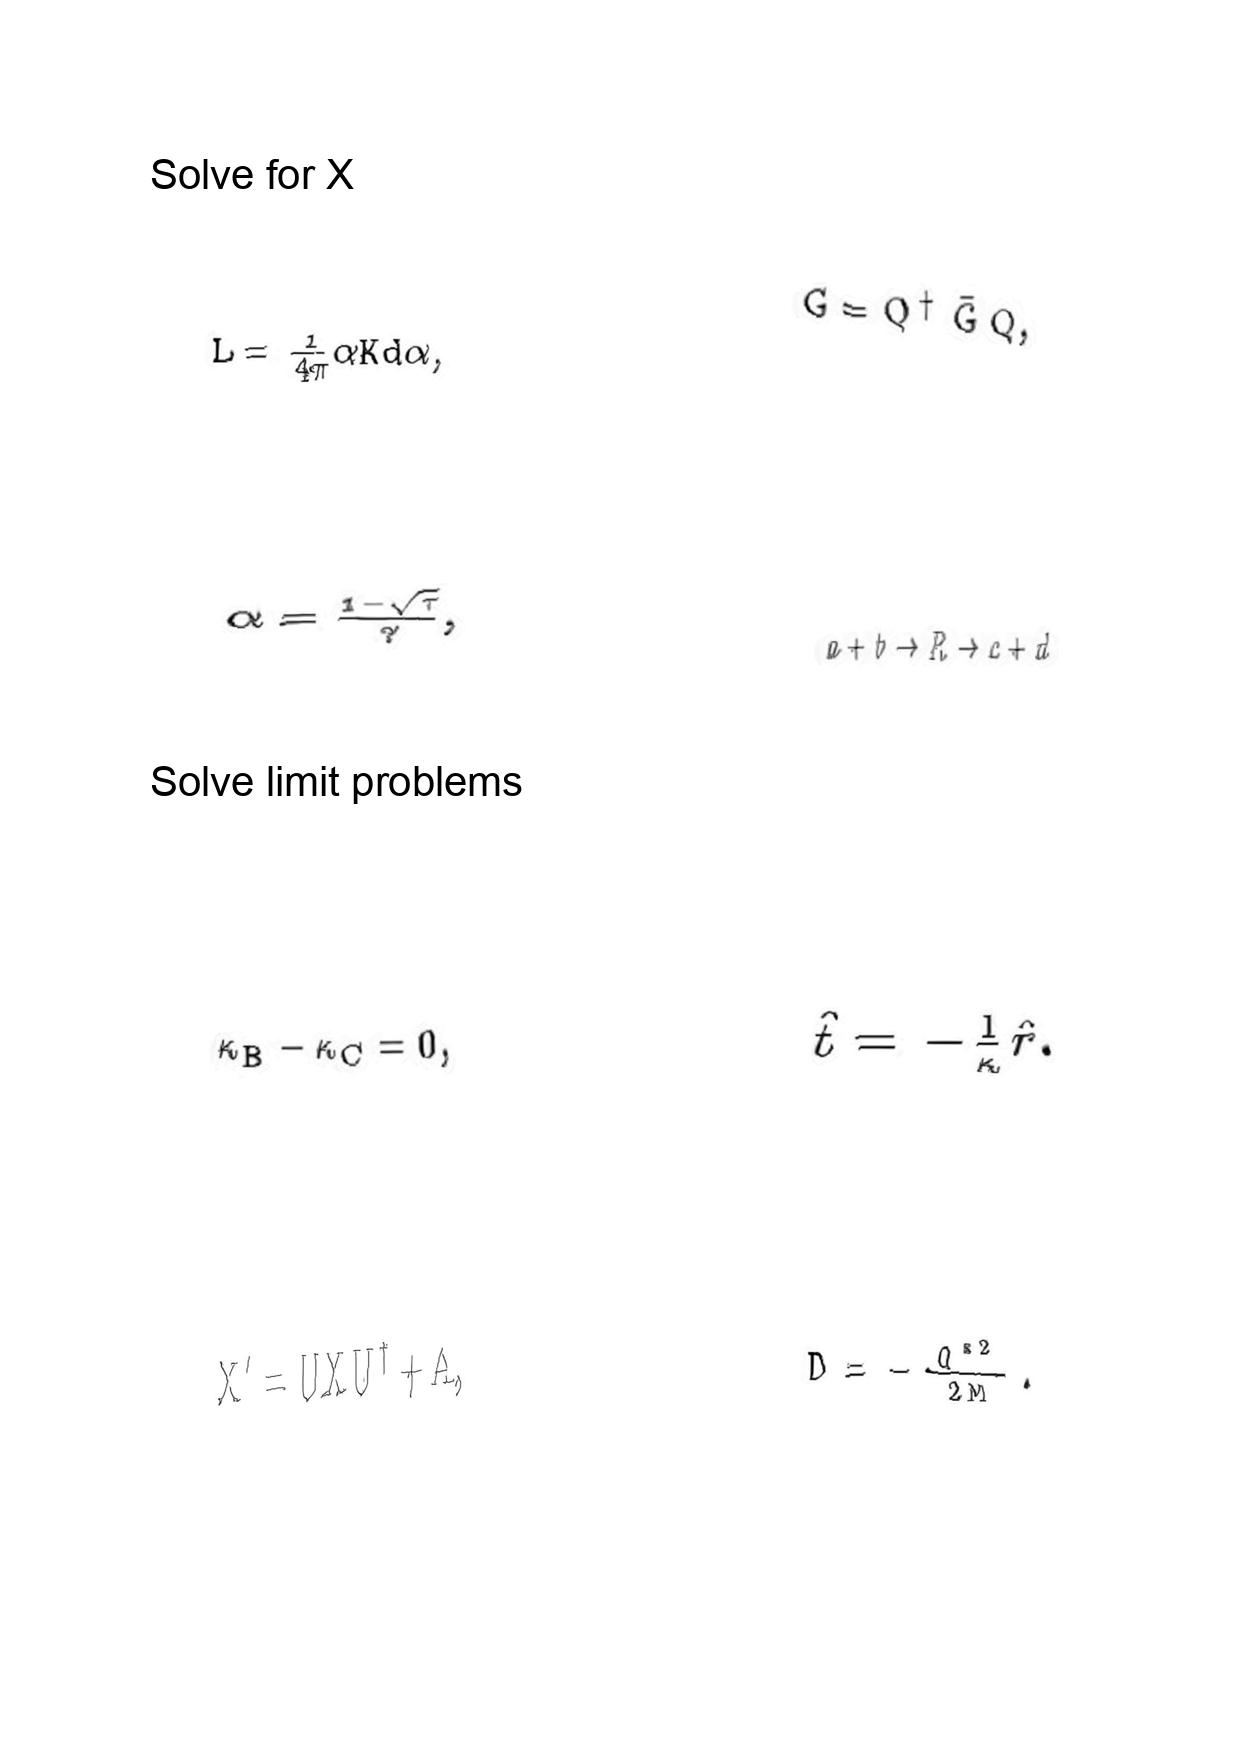
LaTeX transcription:
L = \frac { 1 } { 4 \pi } \alpha K d \alpha ,
\alpha = \frac { 1 - \sqrt { \tau } } { \gamma } ,
\kappa _ { B } - \kappa _ { C } = 0 ,
X ^ { \prime } = U X U ^ { \dagger } + A ,
G = Q ^ { \dagger } \bar { G } Q ,
a + b \rightarrow R \rightarrow c + d
\hat { t } = - \frac { 1 } { \kappa } \hat { r } .
D = - \frac { Q ^ { \ast 2 } } { 2 M } .